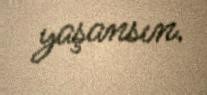
yaşansın.